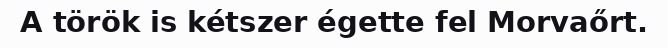
A török is kétszer égette fel Morvaőrt.